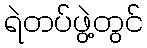
ရဲတပ်ဖွဲ့တွင်